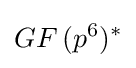
GF\!\ (p^{6})^{*}